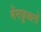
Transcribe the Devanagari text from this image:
मेंमछुआरों